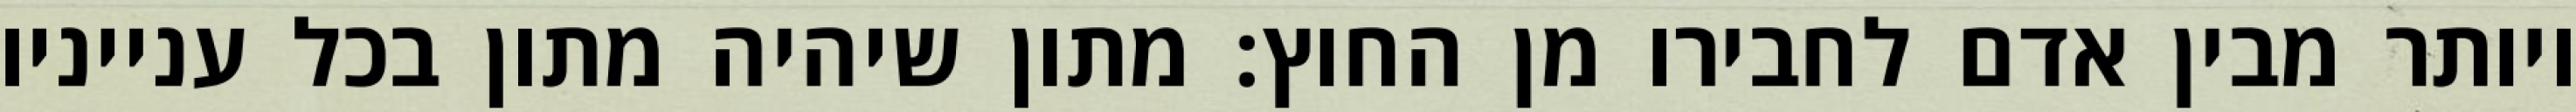
ויותר מבין אדם לחבירו מן החוץ: מתון שיהיה מתון בכל ענייניו